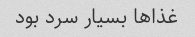
غذا‌ها بسیار سرد بود